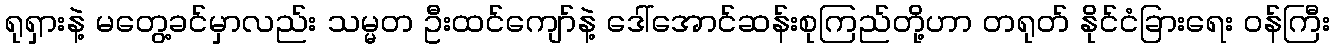
ရုရှားနဲ့ မတွေ့ခင်မှာလည်း သမ္မတ ဦးထင်ကျော်နဲ့ ဒေါ်အောင်ဆန်းစုကြည်တို့ဟာ တရုတ် နိုင်ငံခြားရေး ဝန်ကြီး